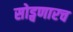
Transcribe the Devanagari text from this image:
सोड्वणारच